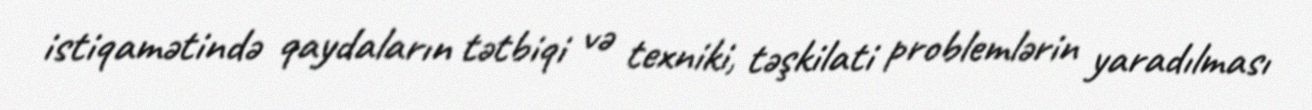
istiqamətində qaydaların tətbiqi və texniki, təşkilati problemlərin yaradılması